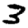
Digit: 3